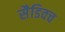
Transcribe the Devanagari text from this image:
सैडिवच